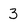
Character: 3